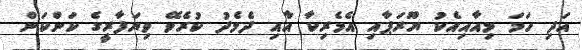
އަދި ހަމަ މިއާއިއެކު ޔޫރަޕާއި އެމެރިކާ އާއި ދެމެދު ކުރެވޭ ވިޔަފާރީގެ ކަންކަން